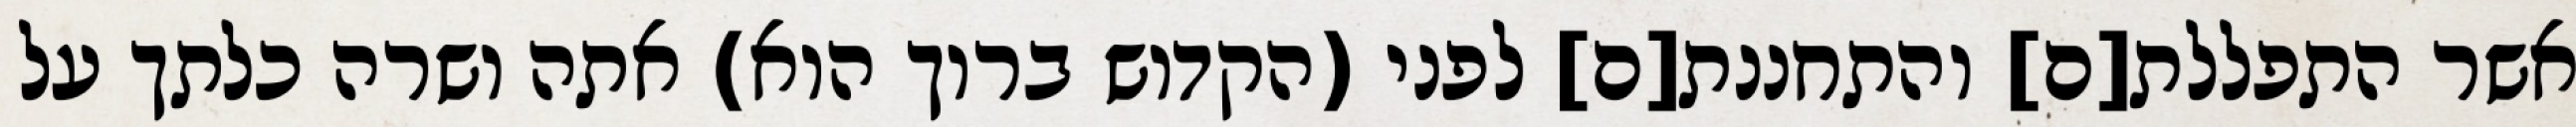
אשר התפללת[ם] והתחננת[ם] לפני (הקדוש ברוך הוא) אתה ושרה כלתך על